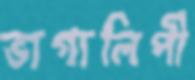
ভাগ্যলিপী